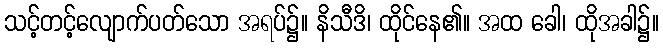
သင့်တင့်လျောက်ပတ်သော အရပ်၌။ နိသီဒိ၊ ထိုင်နေ၏။ အထ ခေါ၊ ထိုအခါ၌။